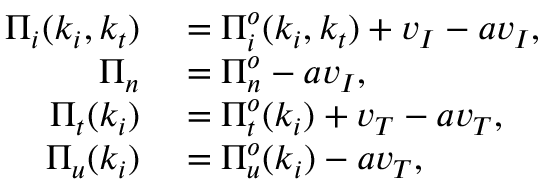
\begin{array} { r l } { \Pi _ { i } ( k _ { i } , k _ { t } ) } & { { } = \Pi _ { i } ^ { o } ( k _ { i } , k _ { t } ) + v _ { I } - a v _ { I } , } \\ { \Pi _ { n } } & { { } = \Pi _ { n } ^ { o } - a v _ { I } , } \\ { \Pi _ { t } ( k _ { i } ) } & { { } = \Pi _ { t } ^ { o } ( k _ { i } ) + v _ { T } - a v _ { T } , } \\ { \Pi _ { u } ( k _ { i } ) } & { { } = \Pi _ { u } ^ { o } ( k _ { i } ) - a v _ { T } , } \end{array}